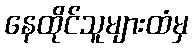
နေထိုင်သူများထံမှ